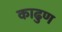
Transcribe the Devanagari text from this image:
काढुण